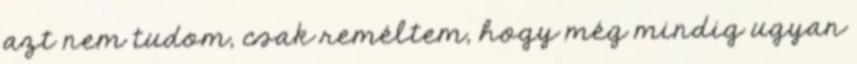
azt nem tudom, csak reméltem, hogy még mindig ugyan